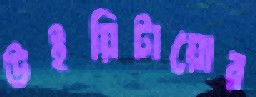
উইয়িটায়োর